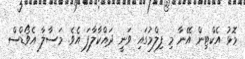
މޮޅު އެކްޓިން އޭނާ މި ފިލްމުގައި ވަނީ ދައްކާލާފަ އެވެ. މަސާލާ އެވޯޑްސް